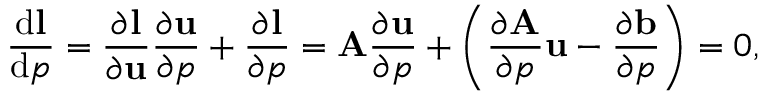
\frac { \mathrm { d } \mathbf { l } } { \mathrm { d } p } = \frac { \partial \mathbf { l } } { \partial \mathbf { u } } \frac { \partial \mathbf { u } } { \partial p } + \frac { \partial \mathbf { l } } { \partial p } = \mathbf { A } \frac { \partial \mathbf { u } } { \partial p } + \left( \frac { \partial \mathbf { A } } { \partial p } \mathbf { u } - \frac { \partial \mathbf { b } } { \partial p } \right) = 0 ,